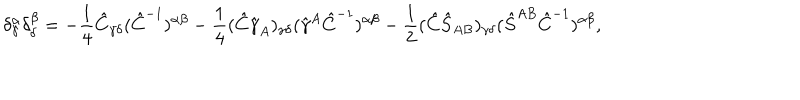
\delta _ { \gamma } ^ { \alpha } \delta _ { \delta } ^ { \beta } = - \frac 1 4 \hat { C } _ { \gamma \delta } ( \hat { C } ^ { - 1 } ) ^ { \alpha \beta } - \frac 1 4 ( \hat { C } \hat { \gamma } _ { A } ) _ { \gamma \delta } ( \hat { \gamma } ^ { A } \hat { C } ^ { - 1 } ) ^ { \alpha \beta } - \frac 1 2 ( \hat { C } \hat { S } _ { A B } ) _ { \gamma \delta } ( \hat { S } ^ { A B } \hat { C } ^ { - 1 } ) ^ { \alpha \beta } ,